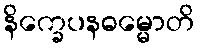
နိက္ခေပနဓမ္မောတိ